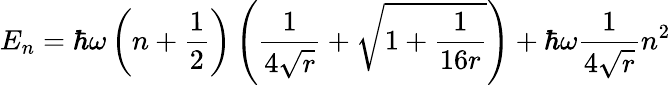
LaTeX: E_{n}=\hbar\omega\left(n+\frac{1}{2}\right)\left(\frac{1}{4\sqrt{r}}+\sqrt{1+\frac{1}{16r}}\right)+\hbar\omega\frac{1}{4\sqrt{r}}n^{2}